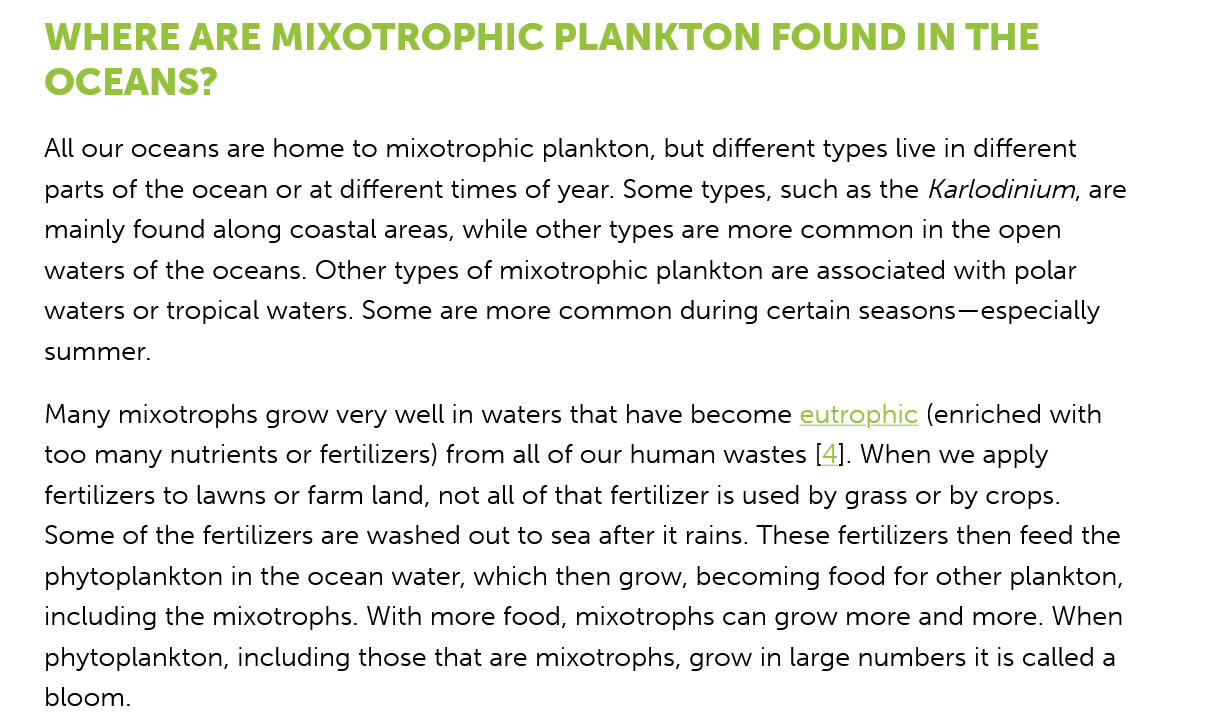
WHERE   ARE    MIXOTROPHIC    PLANKTON    FOUND   IN    THE
    OCEANS?
    All our oceans are home to mixotrophic plankton, but different types live in different
    parts of the ocean or at different times of year. Some types, such as the Karlodinium, are
    mainly found along coastal areas, while other types are more common in the open
    waters of the oceans. Other types of mixotrophic plankton are associated with polar
    waters or tropical waters. Some are more common during certain seasons—especially
    summer.
    Many mixotrophs grow very well in waters that have become eutrophic (enriched with
    too many nutrients or fertilizers) from all of our human wastes [4]. When we apply
    fertilizers to lawns or farm land, not all of that fertilizer is used by grass or by crops.
    Some of the fertilizers are washed out to sea after it rains. These fertilizers then feed the
    phytoplankton in the ocean water, which then grow, becoming food for other plankton,
    including the mixotrophs. With more food, mixotrophs can grow more and more. When
    phytoplankton, including those that are mixotrophs, grow in large numbers it is called a
    bloom.